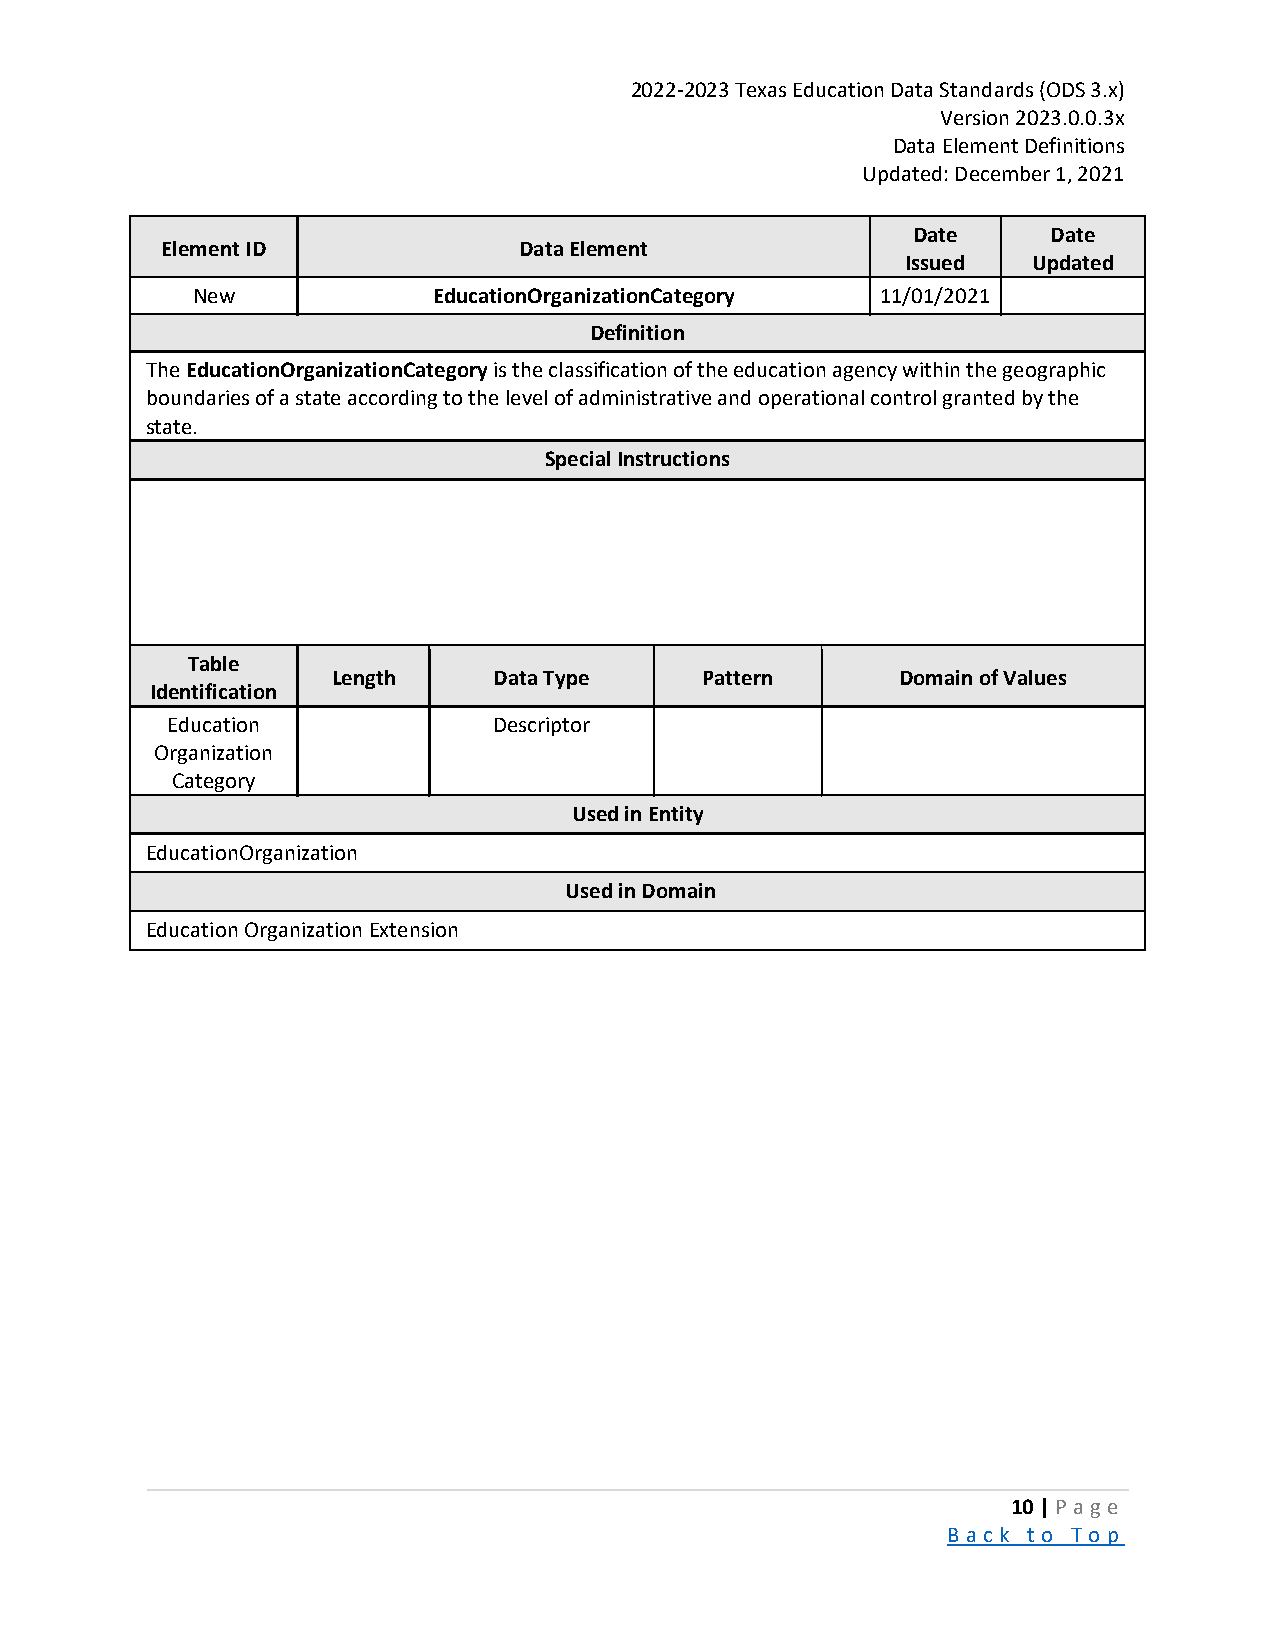
2022-2023 Texas Education Data Standards (ODS 3.x)
 Version 2023.0.0.3x
 Data Element Definitions
 Updated: December 1, 2021
 Date      Date
 Element ID             Data Element
 Issued  Updated
 New             EducationOrganizationCategory 11/01/2021
 Definition
 The EducationOrganizationCategory is the classification of the education agency within the geographic
 boundaries of a state according to the level of administrative and operational control granted by the
 state.
 Special Instructions
 Table
 Length     Data Type    Pattern       Domain of Values
 Identification
 Education             Descriptor
 Organization
 Category
 Used in Entity
 EducationOrganization
 Used in Domain
 Education Organization Extension
 10 | P a ge
 B a ck to To p